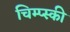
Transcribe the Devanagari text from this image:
चिम्प्स्की